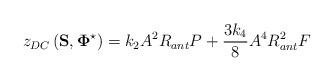
LaTeX: \begin{align*}z_{DC}\left(\mathbf{S},\mathbf{\Phi}^{\star}\right)= k_2 A^2 R_{ant} P+\frac{3 k_4}{8} A^4 R_{ant}^2 F\end{align*}